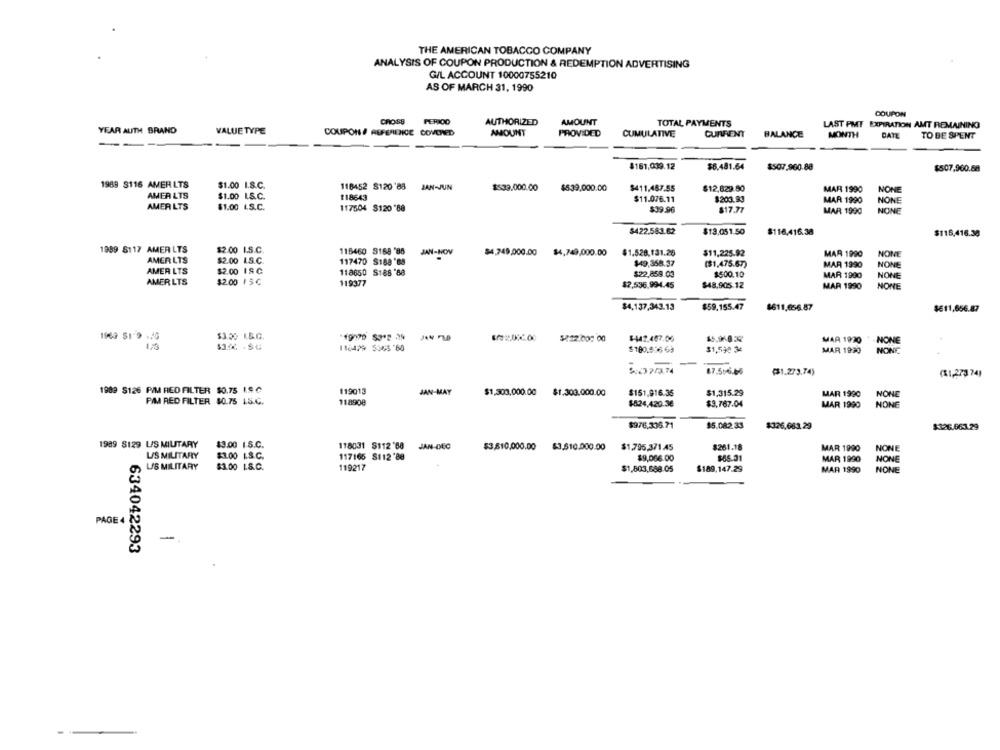
THE AMERICAN TOBACCO COMPANY
ANALYSIS OF COUPON PRODUCTION & REDEMPTION ADVERTISING
G/L ACCOUNT 10000755210
AS OF MARCH 31, 1990
COUPON
CROSS
PERIOD
AUTHORIZED
AMOUNT
TOTAL PAYMENTS
LAST PMT EXPIRATION AMT REMAINING
YEAR AUTH BRAND
VALUE TYPE
COUPONS/ REFERENCE COVERED
AMOUNT
PROVIDED
CUMULATIVE
CURRENT
BALANCE
MONTH
DATE
TO BE SPENT
$161,039.12
$6,481.64
$507.960.88
$507,960.68
1989 3116 AMER LTS
$1.00 I.S.C.
118452 8120'88 JAN-JUN
$539.000.00
$539.000.00
$411.487.55
$12,829.50
MAR 1990
NONE
AMER LTS
$1.00 I.S.C.
118643
$11.076.11
$203.93
MAR 1990
NONE
AMER LTS
$1.00 L.S.C.
117504 $120 '88
$39.96
817.77
MAR 1990
NONE
$422.583.62
$13,051.50
$116.416.38
$115,416.38
1989 8117 AMER LTS
$2.00 I.S.C.
118460 3168 '85
JAN-NOV
$4,749,000.00 $4,749,000.00 $1.528,131.26
$11,225.92
MAR 1990
NONE
AMER LTS
$2.00 L.S.C.
117470 S188'88
$49,368.37
($1,475.67)
NONE
AMER LTS
$2.00 18 C
MAR 1990
118650 S188'88
$22,859.03
$500.10
MAR 1990
NONE
AMER LTS
$2.00 15℃
119377
$2,536.994.45
$48,905.12
MAR 1990
NONE
$4,137,343.13
$59.155.47
$611,656.87
$611,656.87
1962 $1'9 .40
$3.00 I.S.G.
$222.007 00
$442.457.00
1,3
MAR 1920
NONE
110479 5348 '60
$180.876 64
$1,590 34
MAR 1990
NONE
67.556.46
($1.273.74)
($1,223 74)
1989 $126 PIM RED FILTER $0.75 1.8℃
119013
JAN-MAY
$1,303,000.00
$1.303.000.00
$151.916.35
$1,315.29
MAR 1990
NONE
PIM RED FILTER $0.75 15.C.
118900
$824,420.36
$3,767.04
MAR 1990
NONE
$976.335.71
$5.082.33
$326.083.29
$326.663.29
1989 8129 L/S MILITARY
$3.00 1.S.C.
118031 $112 '68 JAN-DEC
$3,610,000.00 $3.610.000.00
$1,795,371.45
$261.18
MAR 1990
NONE
LIS MILITARY
$1.00 1.S.C.
117165 S112'88
$9,066.00
$65.31
MAR 1990
NONE
US MILITARY
$3.00 1.S.C.
119217
$1,803,688.05
$189,147.29
MAR 1990
NONE
PAGE
-
634042293